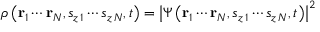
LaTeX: \rho \left( \mathbf { r } _ { 1 } \cdots \mathbf { r } _ { N } , s _ { z \, 1 } \cdots s _ { z \, N } , t \right) = \left| \Psi \left( \mathbf { r } _ { 1 } \cdots \mathbf { r } _ { N } , s _ { z \, 1 } \cdots s _ { z \, N } , t \right) \right| ^ { 2 }